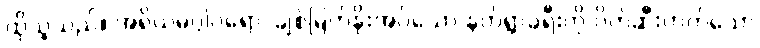
ထိုသူသည်။ အရိယမဂ္ဂါဝရော၊ ချစ်မြတ်နိုးအပ်သော နတ်ရွာခရီးကို ပိတ်ဆီးတတ်သော